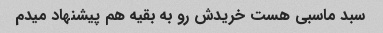
سبد ماسبی هست خریدش رو به بقیه هم پیشنهاد میدم